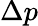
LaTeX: \Delta p